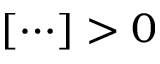
[ \cdots ] > 0